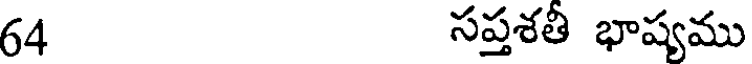
64 సప్తశతీ భాష్యము